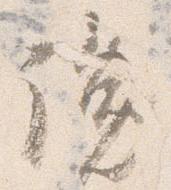
讒